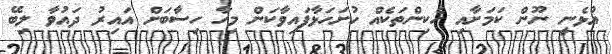
އުޅެނީ ނޫން ކަމަށާއި ހެކިންތަކެއް ހުށަހަޅާފައިވާކަން މިހާ ހިސާބަށް އައިރު ދައުވާ ލިބޭ